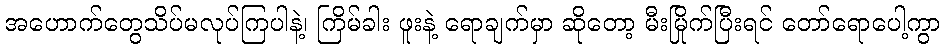
အဟောက်တွေသိပ်မလုပ်ကြပါနဲ့၊ ကြိမ်ခါး ဖူးနဲ့ ရောချက်မှာ ဆိုတော့ မီးမြိုက်ပြီးရင် တော်ရောပေါ့ကွာ